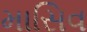
માસિવ